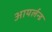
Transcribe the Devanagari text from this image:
आयर्लन्ड